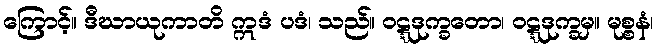
ကြောင့်။ ဒီဃာယုကာတိ ဣဒံ ပဒံ၊ သည်။ ဝဋ္ဋဒုက္ခတော၊ ဝဋ္ဋဒုက္ခမှ။ မုစ္စနံ၊